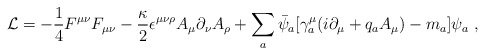
\begin{align*}{\cal L} = - \frac{1}{4} F^{\mu \nu} F_{\mu \nu} - \frac{\kappa}{2} \epsilon^{\mu \nu \rho} A_{\mu}\partial_{\nu}A_{\rho} + \sum_{a}\bar{\psi}_a [ \gamma_a^{\mu}(i\partial_{\mu}+q_a A_{\mu})- m_a] \psi_a \,\,,\end{align*}